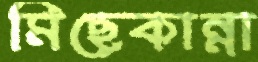
মিছেকান্না